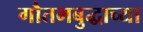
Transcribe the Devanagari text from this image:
गौतमबुद्धाच्या